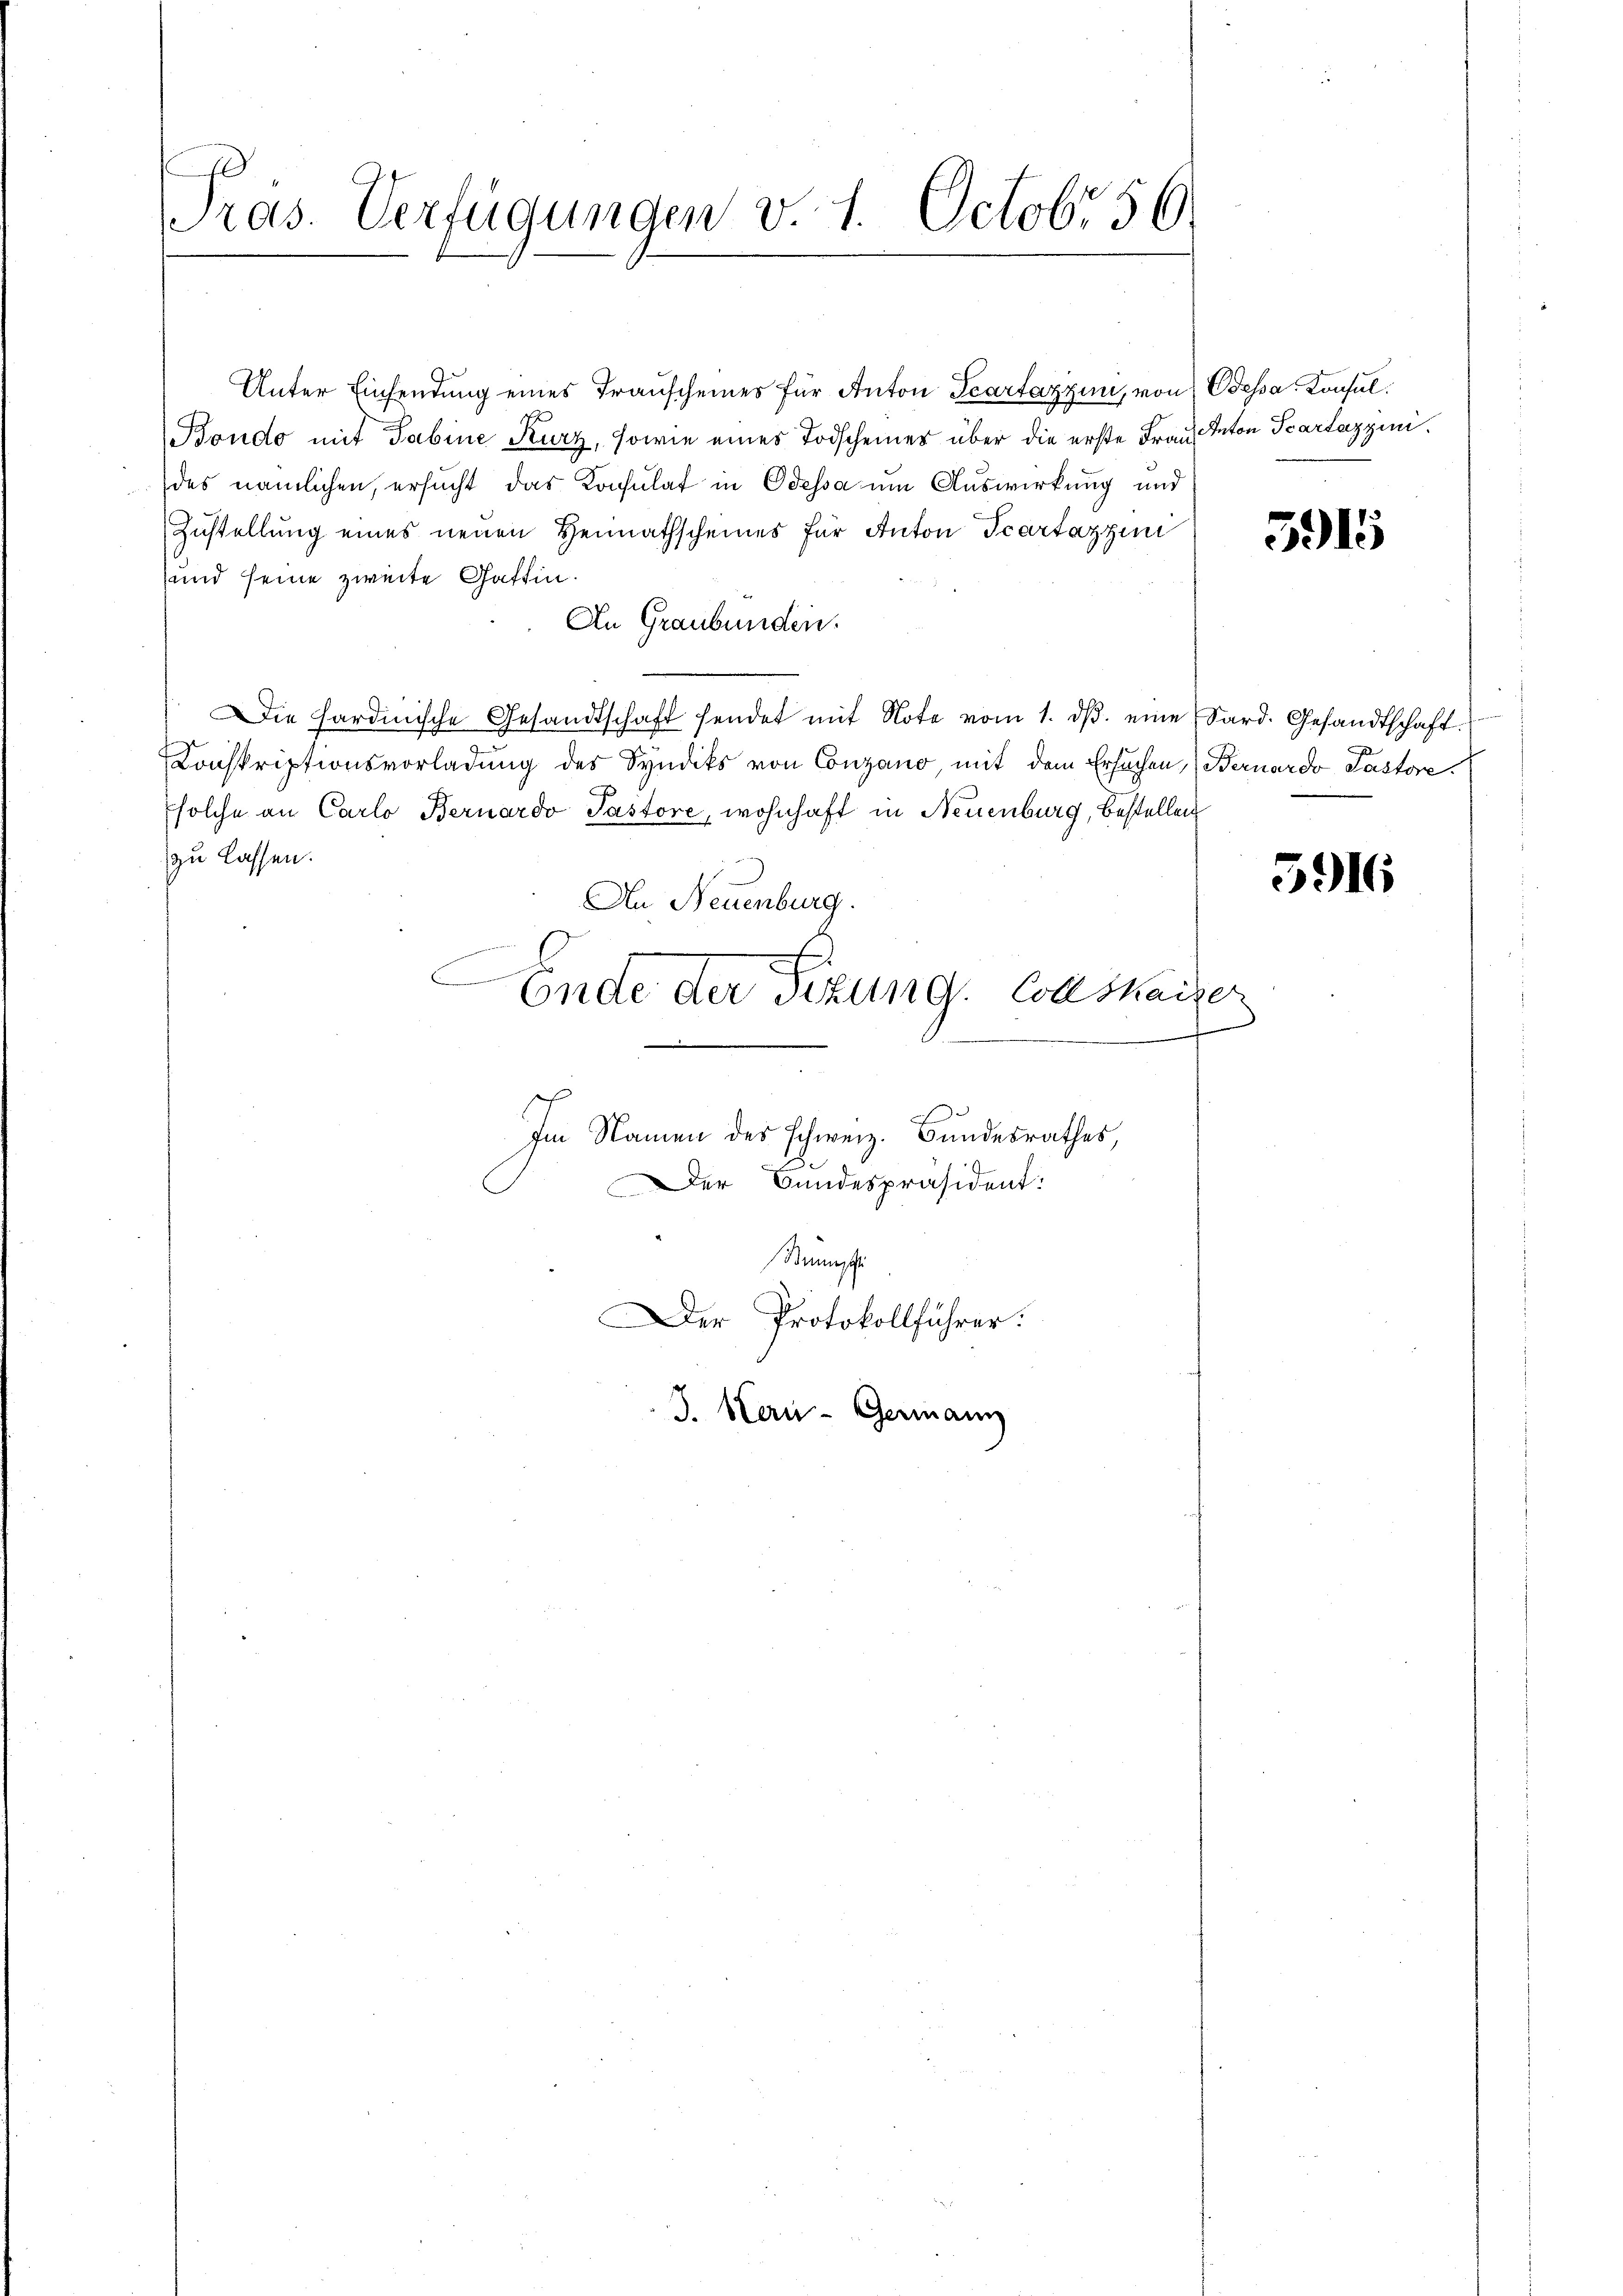
Präs. Verfügungen v. 1. Octobr 56.

Unter Einsendung eines Transcheines für Anton Teartazzini, von Odessa, Konsul¬
Bondo mit Tabine Kurz, sowie eines Todscheiner über die erste Frau Anton Scartazzinides nämlichen, ersucht das Konsulat in Odessa um Auswirkung und
Zustellung eines neuen Heimathscheines für Anton Scartazzini
und seine zweite Gattin.
An Graubünden.
Die Hardinische Gesandtschaft sendet mit Note vom 1. dβ. eine Sard. Gesandtschaft.
Conskriptionsvorladung des Syndiks von Conzano, mit dem Ersuchen, (Bernardo Pastore.
Esolche an Carlo Bernardo Pastore, wohnhaft in Neuenburg, bestellen
zu lassen.
An Neuenburg.
d
C
Ende der Sitzung. Collskaiser
4
Im Namen des schweiz. Bundesrathes,
Der Bandespräsident:

Simpli
Der Protokollführer.
J. Kern-Germann

5915

5916